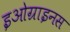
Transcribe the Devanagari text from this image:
इओग्राइनस